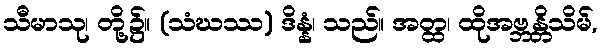
သီမာသု၊ တို့၌။ (သံဃဿ) ဒိန္နံ၊ သည်။ အတ္ထ၊ ထိုအဗ္ဘန္တိသိမ်,